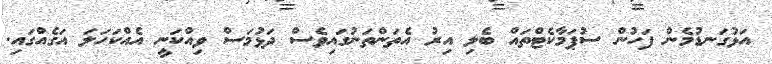
އަޅުގަނޑުމެން ފަހުން ސުޕަމާކެޓްތައް ބެލި އިރު އެތަންތަނުގައިވެސް ދަޅުމަސް ވިއްކަނީ އެއްކަހަލަ އަގެއްގައި.